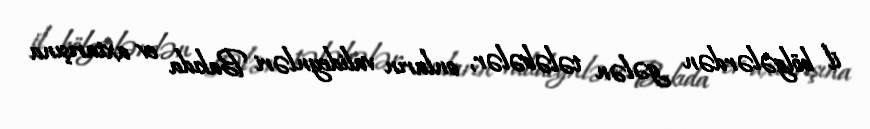
il bölgələrdən gələn tələbələr, onların valideynləri Bakıda ev axtarışına